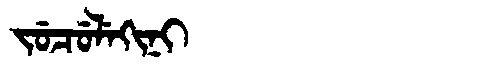
Manchu: ᠵᡠᠴᡠᠯᡝᡴᡳᠨᡳ
Romanization: JUCULEKINI